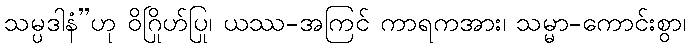
သမ္ပဒါနံ”ဟု ဝိဂြိုဟ်ပြု၊ ယဿ-အကြင် ကာရကအား၊ သမ္မာ-ကောင်းစွာ၊